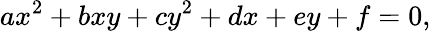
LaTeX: ax^{2}+bxy+cy^{2}+dx+ey+f=0,